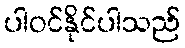
ပါဝင်နိုင်ပါသည်